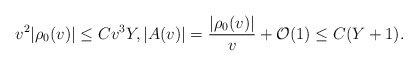
\begin{align*} v^2|\rho_0(v)|\leq Cv^3Y,|A(v)|=\frac{|\rho_0(v)|}{v}+\mathcal{O}(1)\leq C(Y+1).\end{align*}